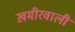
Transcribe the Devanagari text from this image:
ख़मीरवाली